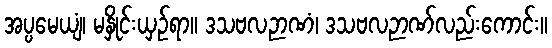
အပ္ပမေယျံ၊ မနှိုင်းယှဉ်ရာ။ ဒသဗလဉာဏံ၊ ဒသဗလဉာဏ်လည်းကောင်း။